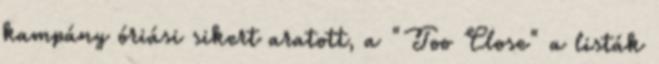
kampány óriási sikert aratott, a "Too Close" a listák